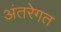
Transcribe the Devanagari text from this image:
अंतरेगत